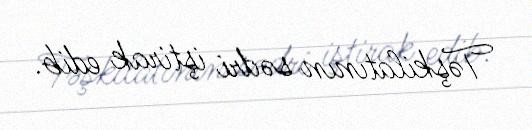
Təşkilatının sədri iştirak edib.